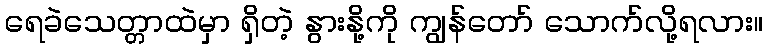
ရေခဲသေတ္တာထဲမှာ ရှိတဲ့ နွားနို့ကို ကျွန်တော် သောက်လို့ရလား။